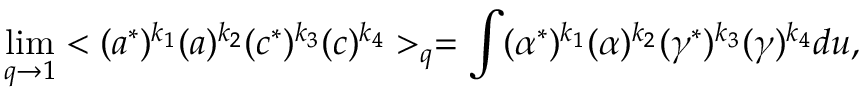
\operatorname * { l i m } _ { q \to 1 } < ( a ^ { * } ) ^ { k _ { 1 } } ( a ) ^ { k _ { 2 } } ( c ^ { * } ) ^ { k _ { 3 } } ( c ) ^ { k _ { 4 } } > _ { q } = \int ( \alpha ^ { * } ) ^ { k _ { 1 } } ( \alpha ) ^ { k _ { 2 } } ( \gamma ^ { * } ) ^ { k _ { 3 } } ( \gamma ) ^ { k _ { 4 } } d u ,